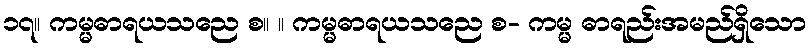
၁၇။ ကမ္မဓာရယသညေ စ။ ။ ကမ္မဓာရယသညေ စ- ကမ္မ ဓာရည်းအမည်ရှိသော